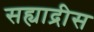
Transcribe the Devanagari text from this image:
सह्याद्रीस